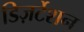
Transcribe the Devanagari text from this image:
डिज़र्टेशन